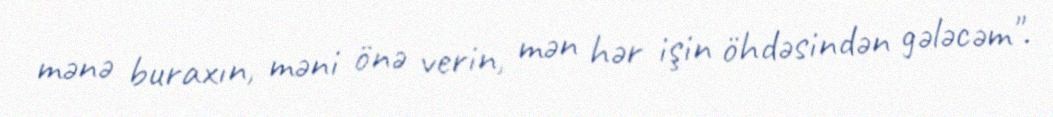
mənə buraxın, məni önə verin, mən hər işin öhdəsindən gələcəm".